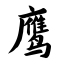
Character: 鹰